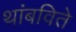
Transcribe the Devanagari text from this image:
थांबविते